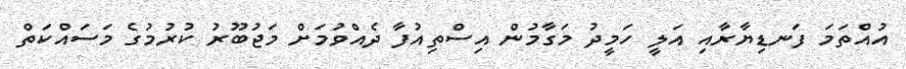
އުއްތަމަ ފަނޑިޔާރާއި އަލީ ހަމީދު މަގާމުން އިސްތިއުފާ ދެއްވުމަށް މަޖުބޫރު ކުރުމުގެ މަސައްކަތް